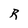
Character: R